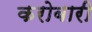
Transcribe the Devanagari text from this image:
करोबारी